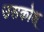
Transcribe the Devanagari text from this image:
उसकोश्